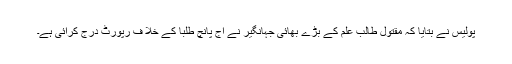
پولیس نے بتایا کہ مقتول طالب علم کے بڑے بھائی جہانگیر نے آج پانچ طلبا کے خلا ف رپورٹ درج کرائی ہے۔